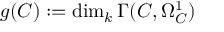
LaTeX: g ( C ) : = \dim _ { k } \Gamma ( C , \Omega _ { C } ^ { 1 } )